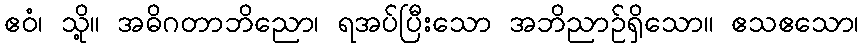
ဧဝံ၊ သို့။ အဓိဂတာဘိညော၊ ရအပ်ပြီးသော အဘိညာဉ်ရှိသော။ ဧသဧသော၊